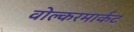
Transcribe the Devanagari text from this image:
वोल्करमार्कट